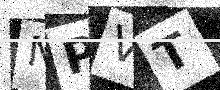
Text: NPVT